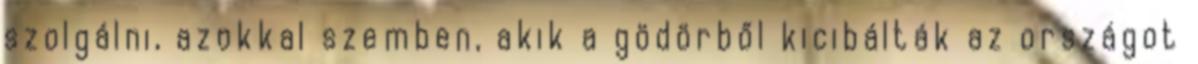
szolgálni, azokkal szemben, akik a gödörből kicibálták az országot